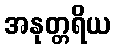
အနုတ္တရိယ